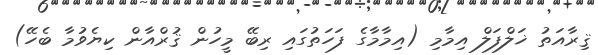
ޤިރާއަތު ޚަލްފަލް އިމާމި (އިމާމާގެ ފަހަތުގައި ރިބޭ މީހުން ޤުރްއާން ކިޔެވުމާ ބެހޭ)